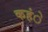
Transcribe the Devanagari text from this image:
कहंे